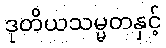
ဒုတိယသမ္မတနှင့်